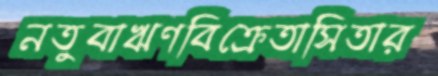
নতুবাঋণবিক্রেতাসিতার